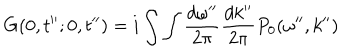
LaTeX: G ( 0 , t ^ { \prime \prime } ; 0 , t ^ { \prime \prime } ) = i \int \int \frac { d \omega ^ { \prime \prime } } { 2 \pi } \frac { d k ^ { \prime \prime } } { 2 \pi } P _ { 0 } ( \omega ^ { \prime \prime } , k ^ { \prime \prime } )